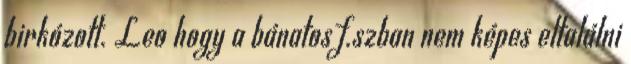
birkózott. Leo hogy a bánatos f.szban nem képes eltalálni